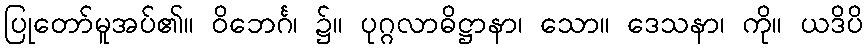
ပြုတော်မူအပ်၏။ ဝိဘေင်္ဂ၊ ၌။ ပုဂ္ဂလာဓိဋ္ဌာနာ၊ သော။ ဒေသနာ၊ ကို။ ယဒိပိ